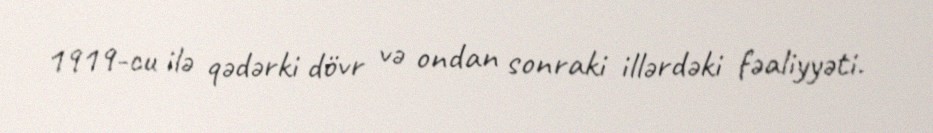
1919-cu ilə qədərki dövr və ondan sonraki illərdəki fəaliyyəti.